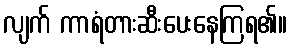
လျက် ကာရံတားဆီးပေးနေကြရ၏။